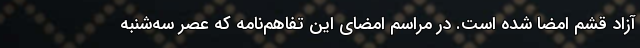
آزاد قشم امضا شده است. در مراسم امضای این تفاهم‌نامه که عصر سه‌شنبه